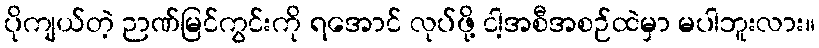
ပိုကျယ်တဲ့ ဉာဏ်မြင်ကွင်းကို ရအောင် လုပ်ဖို့ ငါ့အစီအစဉ်ထဲမှာ မပါဘူးလား။